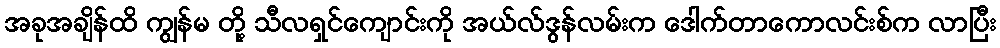
အခုအချိန်ထိ ကျွန်မ တို့ သီလရှင်ကျောင်းကို အယ်လ်ဒွန်လမ်းက ဒေါက်တာကောလင်းစ်က လာပြီး